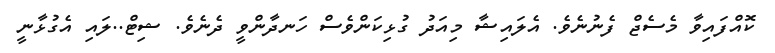
ކޮއްފައިވާ މެސެޖް ފެނުނެވެ. އެލައިޝާ މިއަދު ގުޅިކަންވެސް ހަނދާންވީ ދެނެވެ. ޝިޓް..ލައި އެގުޅާނީ